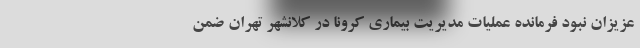
عزیزان نبود فرمانده عملیات مدیریت بیماری کرونا در کلانشهر تهران ضمن